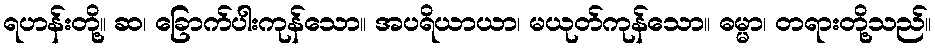
ရဟန်းတို့။ ဆ၊ ခြောက်ပါးကုန်သော။ အပရိယာယာ၊ မယုတ်ကုန်သော။ ဓမ္မာ၊ တရားတို့သည်။